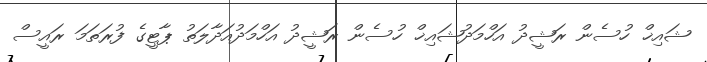
ޝައިޚް ހުސެން ރަޝީދު އަހްމަދުޝައިޚް ހުސެން ރަޝީދު އަހްމަދުއަދާލަތު ޕާޓީގެ ފުރަތަމަ ރައީސް